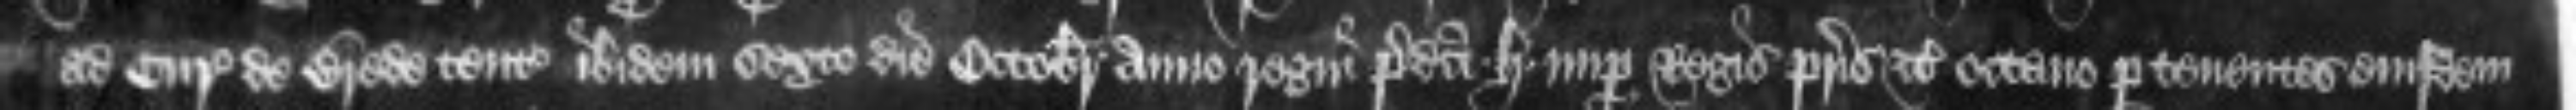
ad Curiam de Brede tentam ibidem sexto die Octobris anno regni predicti Henrici nuper Regis patris etc octavo per tenentes eiusdem